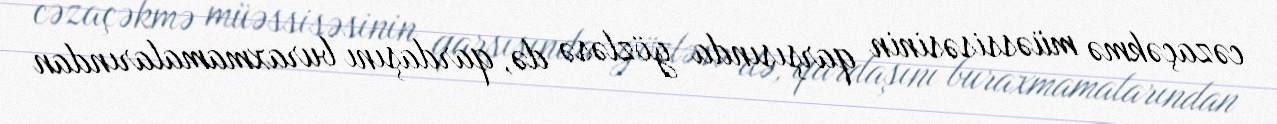
cəzaçəkmə müəssisəsinin qarşısında gözləsə də, qardaşını buraxmamalarından